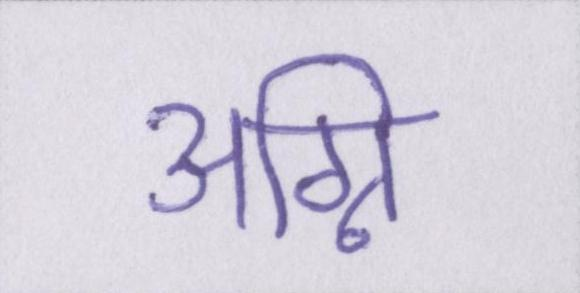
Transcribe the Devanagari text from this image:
अग्नि